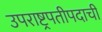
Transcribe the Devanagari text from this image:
उपराष्ट्रपतीपदाची